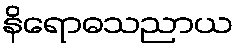
နိရောဓသညာယ